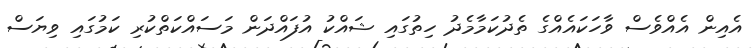
އެއިން އެއްވެސް ވާހަކައެއްގެ ތެދުކަމާމެދު ހިތުގައި ޝައްކު އުފައްދަން މަސައްކަތްކުރި ކަމުގައި ވިޔަސް